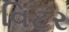
વિટર